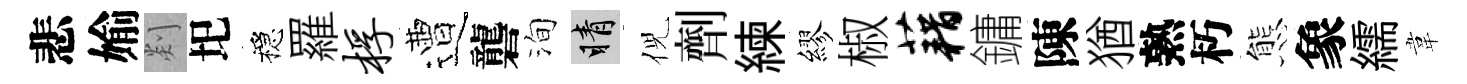
悲媮剡圯穩羅桴遭礱洵睛倪劑練繆椒藉鏞陳猶熟朽態象繻韋